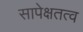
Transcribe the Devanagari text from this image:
सापेक्षतत्व